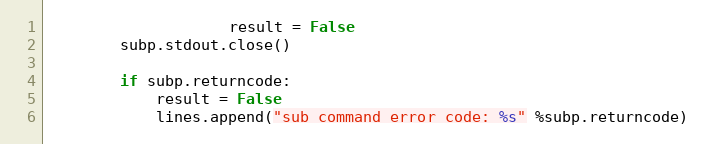
Language: Python
                    result = False
        subp.stdout.close()

        if subp.returncode:
            result = False
            lines.append("sub command error code: %s" %subp.returncode)